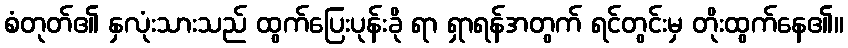
စံတုတ်၏ နှလုံးသားသည် ထွက်ပြေးပုန်းခို ရာ ရှာရန်အတွက် ရင်တွင်းမှ တိုးထွက်နေ၏။